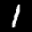
Label: 1